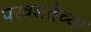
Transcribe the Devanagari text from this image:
परवशतेच्या